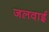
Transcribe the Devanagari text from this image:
जलवाई